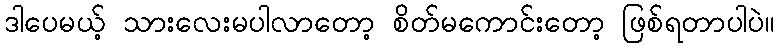
ဒါပေမယ့် သားလေးမပါလာတော့ စိတ်မကောင်းတော့ ဖြစ်ရတာပါပဲ။